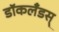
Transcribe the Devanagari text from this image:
डॉकलँडस्